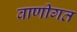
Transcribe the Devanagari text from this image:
वाणीगत